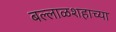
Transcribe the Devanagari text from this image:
बल्लाळशहाच्या